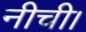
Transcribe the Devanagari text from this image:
नीची।